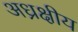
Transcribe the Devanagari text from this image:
अध्रक्षीय